Annual report on the Civil Veterinary Department, Burma (including the Insein Veterinary School) - 1923-1931
Year: 1923
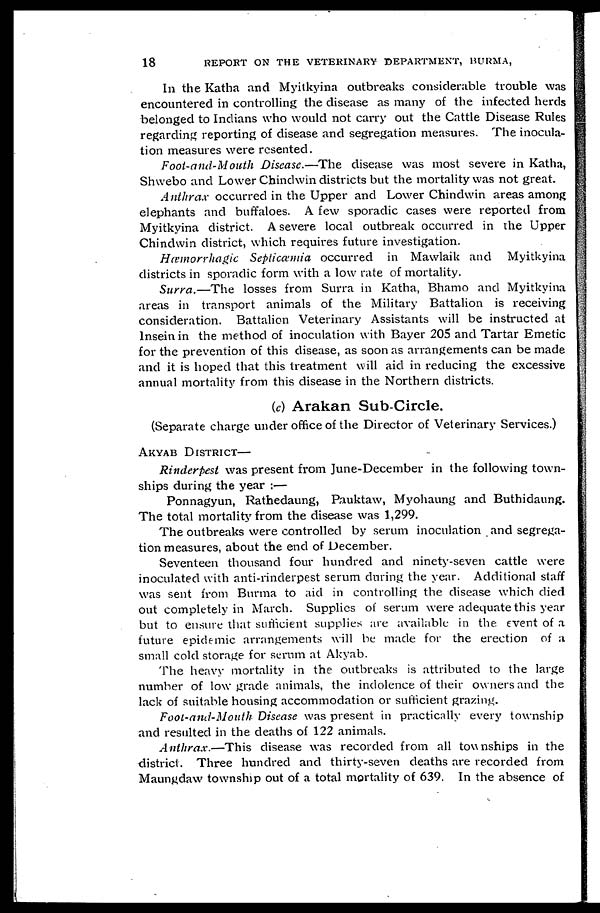
18
REPORT ON THE VETERINARY DEPARTMENT, BURMA,
In the Katha and Myitkyina outbreaks considerable trouble was
encountered in controlling the disease as many of the infected herds
belonged to Indians who would not carry out the Cattle Disease Rules
regarding reporting of disease and segregation measures. The inocula-
tion measures were resented.
Foot-and-Mouth Disease.—The disease was most severe in Katha,
Shwebo and Lower Chindwin districts but the mortality was not great.
Anthrax occurred in the Upper and Lower Chindwin areas among
elephants and buffaloes. A few sporadic cases were reported from
Myitkyina district. A severe local outbreak occurred in the Upper
Chindwin district, which requires future investigation.
Hæmorrhagic Septicæmia occurred in Mawlaik and Myitkyina
districts in sporadic form with a low rate of mortality.
Surra.—The losses from Surra in Katha, Bhamo and Myitkyina
areas in transport animals of the Military Battalion is receiving
consideration. Battalion Veterinary Assistants will be instructed at
Insein in the method of inoculation with Bayer 205 and Tartar Emetic
for the prevention of this disease, as soon as arrangements can be made
and it is hoped that this treatment will aid in reducing the excessive
annual mortality from this disease in the Northern districts.
(e) Arakan Sub-Circle.
(Separate charge under office of the Director of Veterinary Services.)
AKYAB DISTRICT—
Rinderpest was present from June-December in the following town-
ships during the year :—
Ponnagyun, Rathedaung, Pauktaw, Myohaung and Buthidaung.
The total mortality from the disease was 1,299.
The outbreaks were controlled by serum inoculation and segrega-
tion measures, about the end of December.
Seventeen thousand four hundred and ninety-seven cattle were
inoculated with anti-rinderpest serum during the year. Additional staff
was sent from Burma to aid in controlling the disease which died
out completely in March. Supplies of serum were adequate this year
but to ensure that sufficient supplies are available in the event of a
future epidemic arrangements will be made for the erection of a
small cold storage for serum at Akyab.
The heavy mortality in the outbreaks is attributed to the large
number of low grade animals, the indolence of their owners and the
lack of suitable housing accommodation or sufficient grazing.
Foot-and-Mouth Disease was present in practically every township
and resulted in the deaths of 122 animals.
Anthrax.—This disease was recorded from all townships in the
district. Three hundred and thirty-seven deaths are recorded from
Maungdaw township out of a total mortality of 639. In the absence of